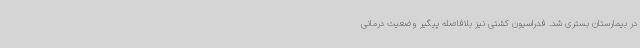
در بیمارستان بستری شد. فدراسیون کشتی نیز بلافاصله پیگیر وضعیت درمانی